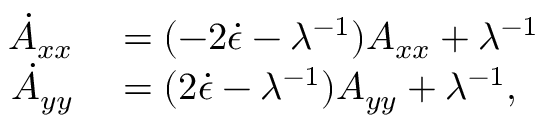
\begin{array} { r l } { \dot { A } _ { x x } } & { { } = ( - 2 \dot { \epsilon } - \lambda ^ { - 1 } ) A _ { x x } + \lambda ^ { - 1 } } \\ { \dot { A } _ { y y } } & { { } = ( 2 \dot { \epsilon } - \lambda ^ { - 1 } ) A _ { y y } + \lambda ^ { - 1 } , } \end{array}